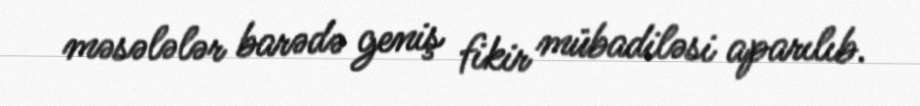
məsələlər barədə geniş fikir mübadiləsi aparılıb.